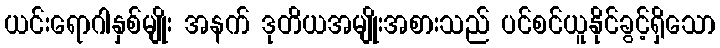
ယင်းရောဂါနှစ်မျိုး အနက် ဒုတိယအမျိုးအစားသည် ပင်စင်ယူနိုင်ခွင့်ရှိသော